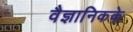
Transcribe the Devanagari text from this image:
वैज्ञानिकके